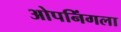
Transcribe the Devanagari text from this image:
ओपनिंगला